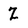
Character: Z